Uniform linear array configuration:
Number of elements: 64
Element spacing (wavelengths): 0.5
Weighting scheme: blackman
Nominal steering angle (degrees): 15
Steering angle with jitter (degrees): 16.755
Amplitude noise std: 0.05
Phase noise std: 0.05

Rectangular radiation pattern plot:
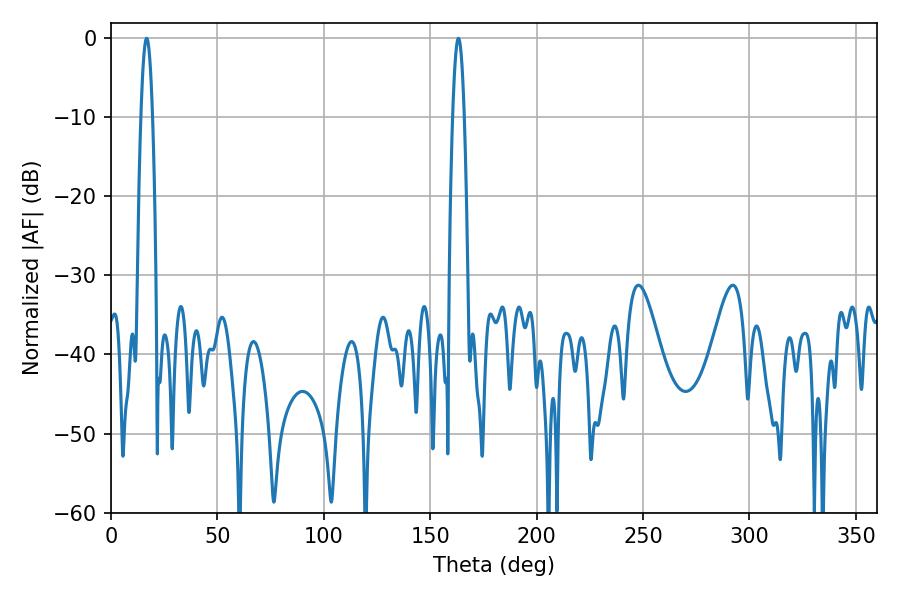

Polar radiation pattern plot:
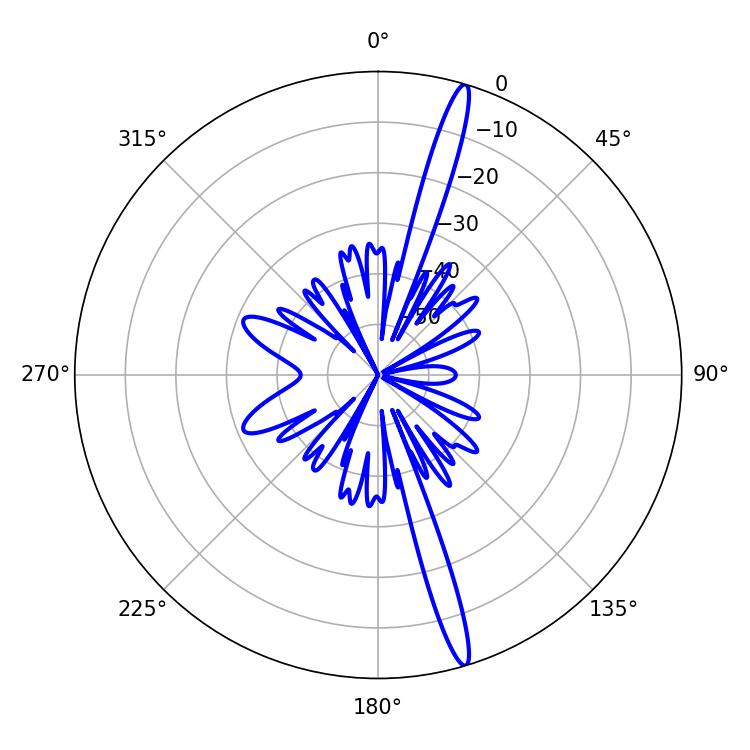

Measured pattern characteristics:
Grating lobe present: FALSE
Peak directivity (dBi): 17.873
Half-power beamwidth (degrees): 2.88
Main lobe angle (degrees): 16.74